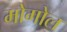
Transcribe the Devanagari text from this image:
मोगोल